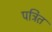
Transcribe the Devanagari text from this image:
पत्रित